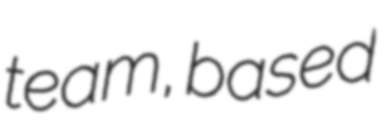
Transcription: team, based